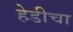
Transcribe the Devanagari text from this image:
हेडीचा